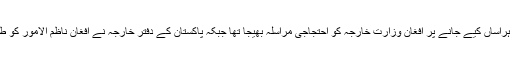
اس سے قبل کابل میں واقع پاکستانی سفارت خانے نے نامعلوم افراد کی جانب سے اپنے اہلکاروں کو ہراساں کیے جانے پر افغان وزارت خارجہ کو احتجاجی مراسلہ بھیجا تھا جبکہ پاکستان کے دفتر خارجہ نے افغان ناظم الامور کو طلب کر کے پاکستان کے سقارتی عملے کو لاحق سکیورٹی خطرات پر خدشات کا اظہار بھی کیا ہے۔